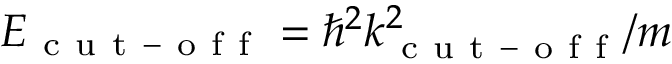
E _ { \mathrm { ~ c ~ u ~ t ~ - ~ o ~ f ~ f ~ } } = \hbar ^ { 2 } k _ { \mathrm { ~ c ~ u ~ t ~ - ~ o ~ f ~ f ~ } } ^ { 2 } / m